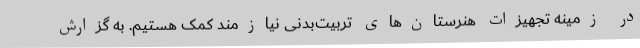
در زمینه تجهیزات هنرستان‌های تربیت‌بدنی نیازمند کمک هستیم. به گزارش